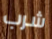
شرب